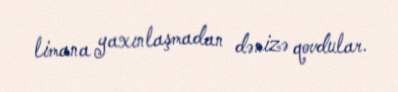
limana yaxınlaşmadan dənizə qovdular.